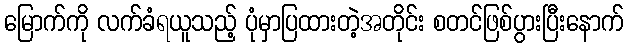
မြောက်ကို လက်ခံရယူသည့် ပုံမှာပြထားတဲ့အတိုင်း စတင်ဖြစ်ပွားပြီးနောက်